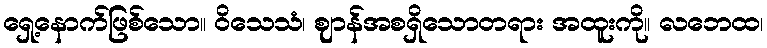
ရှေ့နောက်ဖြစ်သော။ ဝိသေသံ၊ ဈာန်အစရှိသောတရား အထူးကို။ လဘေထ၊